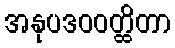
အနုပဒဝဝတ္ထိတာ